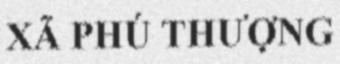
XÃ PHÚ THƯỢNG